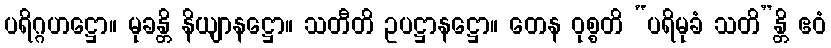
ပရိဂ္ဂဟဋ္ဌော။ မုခန္တိ နိယျာနဋ္ဌော။ သတီတိ ဥပဋ္ဌာနဋ္ဌော။ တေန ဝုစ္စတိ “ပရိမုခံ သတိ”န္တိ ဧဝံ